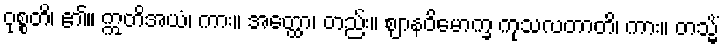
ဝုစ္စတိ၊ ၏။ ဣတိအယံ၊ ကား။ အတ္ထော၊ တည်း။ ဈာနဝိမောက္ခ ကုသလတာတိ၊ ကား။ တသ္မိံ